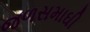
જળસમાઘી